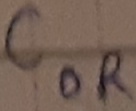
Text: COR